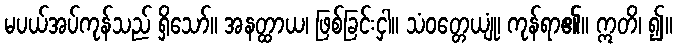
မပယ်အပ်ကုန်သည် ရှိသော်။ အနတ္ထာယ၊ ဖြစ်ခြင်းငှါ။ သံဝတ္တေယျုံ၊ ကုန်ရာ၏။ ဣတိ၊ ၍။